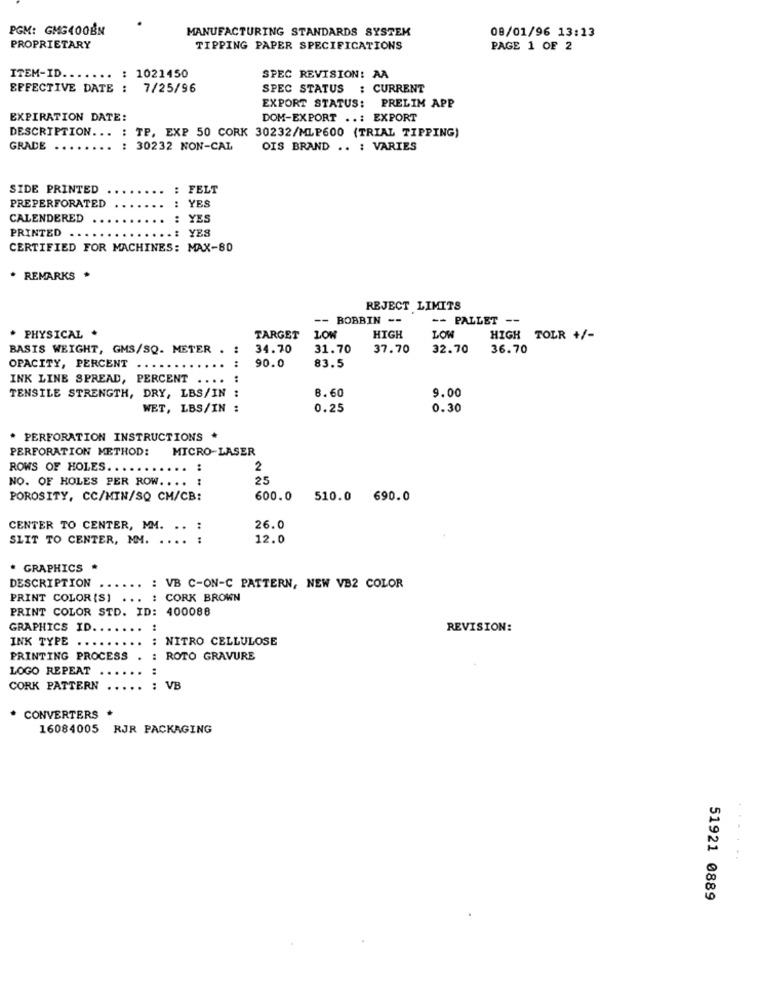
PGM: GMG400BN
MANUFACTURING STANDARDS SYSTEM
08/01/96 13:13
PROPRIETARY
TIPPING PAPER SPECIFICATIONS
PAGE 1 OF 2
ITEM-ID.
: 1021450
SPEC REVISION: AA
EFFECTIVE DATE : 7/25/96
SPEC STATUS : CURRENT
EXPORT STATUS: PRELIM APP
EXPIRATION DATE:
DOM-EXPORT ..: EXPORT
DESCRIPTION ... : TP, EXP 50 CORK 30232/MLP600 (TRIAL TIPPING)
GRADE
....
...
: 30232 NON-CAL
OIS BRAND .. : VARIES
SIDE PRINTED
: FELT
PREPERFORATED
: YES
CALENDERED
: YES
PRINTED
.: YES
CERTIFIED FOR MACHINES: MAX-80
. REMARKS *
REJECT LIMITS
-- BOBBIN --
-- PALLET --
LOW
* PHYSICAL .
TARGET
L0
HIGH
HIGH
TOLR +/-
BASIS WEIGHT, GMS/SQ. METER . :
34.70
31.70
37.70
32.70
36.70
:
OPACITY, PERCENT
90.0
83.5
INK LINE SPREAD, PERCENT ....
9.00
TENSILE STRENGTH, DRY, LBS/IN :
8.60
WET, LBS/IN :
0.25
0.30
* PERFORATION INSTRUCTIONS
PERFORATION METHOD:
MICRO-LASER
....
ROWS OF HOLES ..
2
25
NO. OF HOLES PER ROW. ...
POROSITY, CC/MIN/SQ CM/CB:
600.0
510.0 690.0
CENTER TO CENTER, MM. .. :
26.0
SLIT TO CENTER, MM. .... :
12.0
* GRAPHICS *
DESCRIPTION
: VB C-ON-C PATTERN, NEW VB2 COLOR
PRINT COLOR(S) ... : CORK BROWN
PRINT COLOR STD. ID: 400088
GRAPHICS ID ..
REVISION:
INK TYPE ..
: NITRO CELLULOSE
PRINTING PROCESS .
: ROTO GRAVURE
LOGO REPEAT
:
CORK PATTERN
...
: VB
CONVERTERS *
16084005 RJR PACKAGING
51921 0889